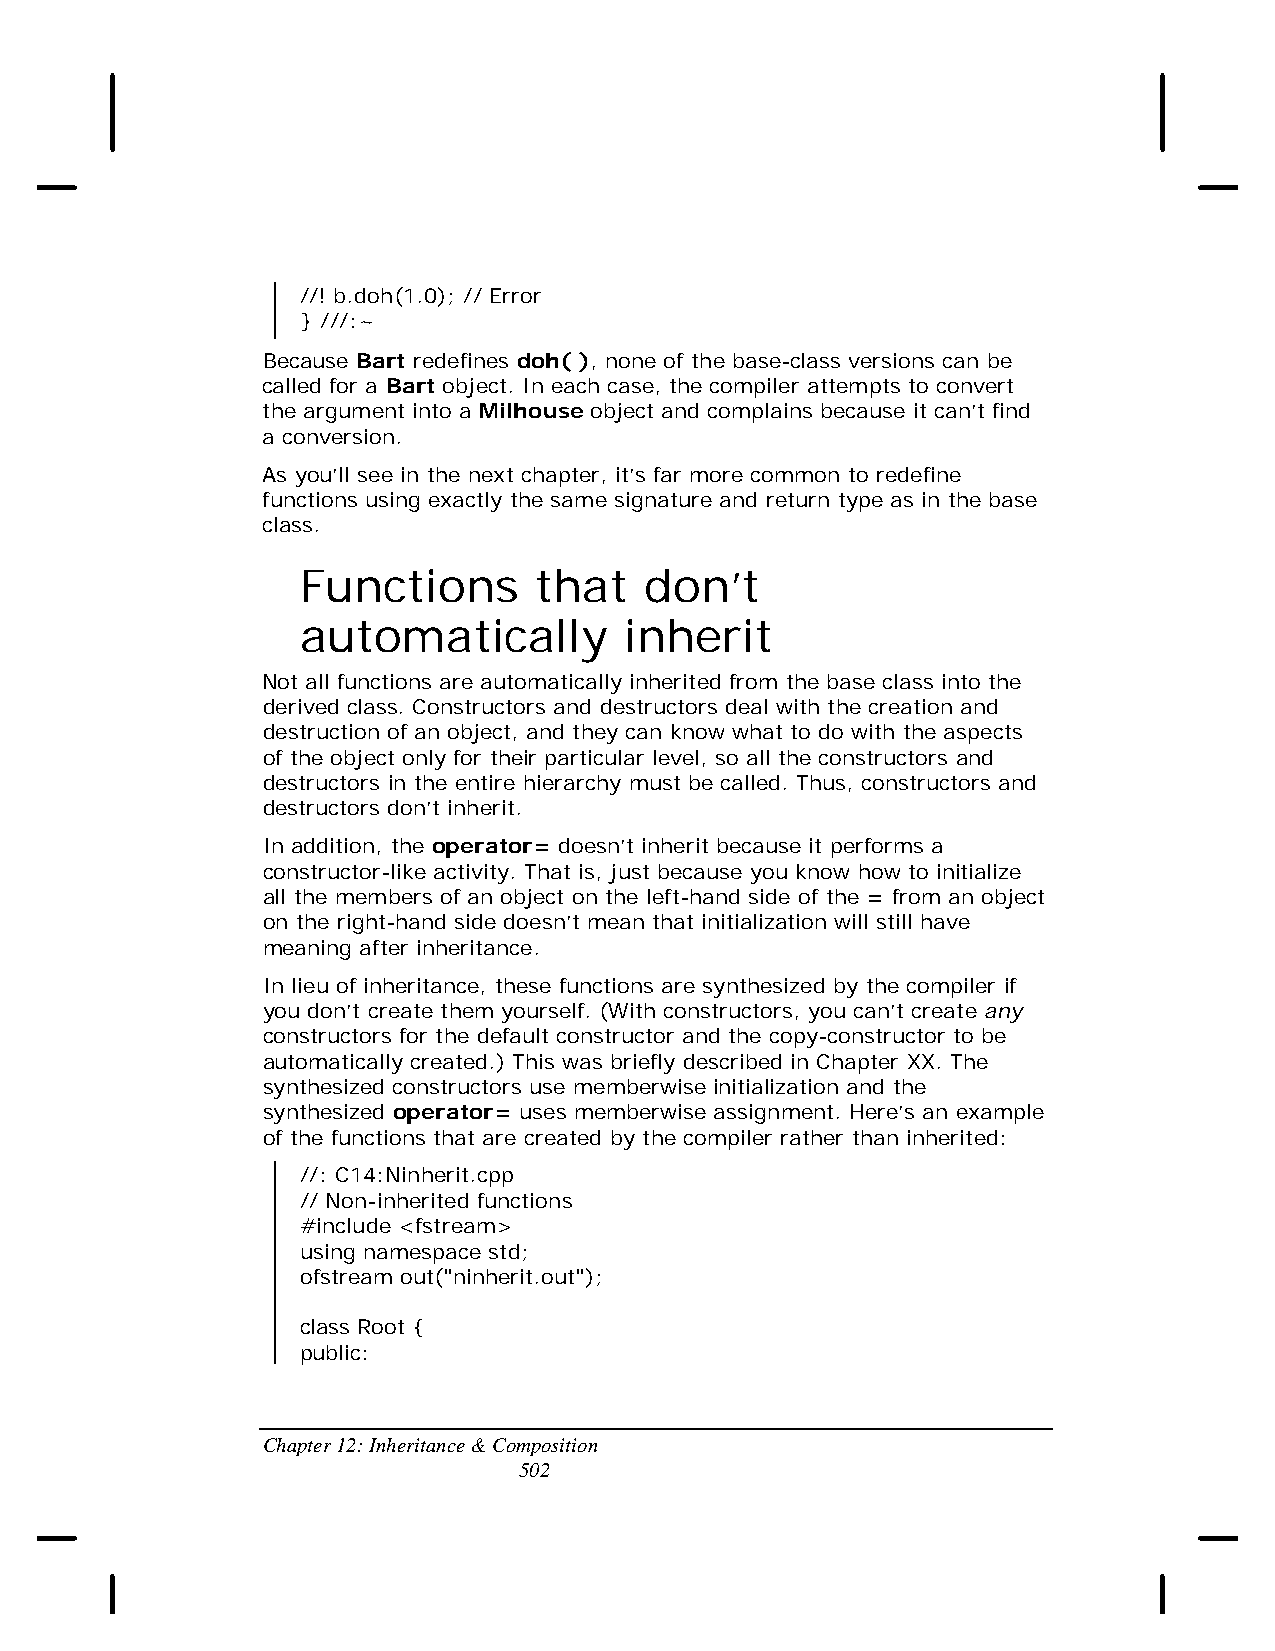
//! b.doh(1.0); // Error
 } ///:~
 Because Bart redefines doh( ), none of the base-class versions can be
 called for a Bart object. In each case, the compiler attempts to convert
 the argument into a Milhouse object and complains because it can’t find
 a conversion.
 As you’ll see in the next chapter, it’s far more common to redefine
 functions using exactly the same signature and return type as in the base
 class.
 Functions      that    don’t
 automatically        inherit
 Not all functions are automatically inherited from the base class into the
 derived class. Constructors and destructors deal with the creation and
 destruction of an object, and they can know what to do with the aspects
 of the object only for their particular level, so all the constructors and
 destructors in the entire hierarchy must be called. Thus, constructors and
 destructors don’t inherit.
 In addition, the operator= doesn’t inherit because it performs a
 constructor-like activity. That is, just because you know how to initialize
 all the members of an object on the left-hand side of the = from an object
 on the right-hand side doesn’t mean that initialization will still have
 meaning after inheritance.
 In lieu of inheritance, these functions are synthesized by the compiler if
 you don’t create them yourself. (With constructors, you can’t create any
 constructors for the default constructor and the copy-constructor to be
 automatically created.) This was briefly described in Chapter XX. The
 synthesized constructors use memberwise initialization and the
 synthesized operator= uses memberwise assignment. Here’s an example
 of the functions that are created by the compiler rather than inherited:
 //: C14:Ninherit.cpp
 // Non-inherited functions
 #include <fstream>
 using namespace std;
 ofstream out("ninherit.out");
 class Root {
 public:
 Chapter 12: Inheritance & Composition
 502